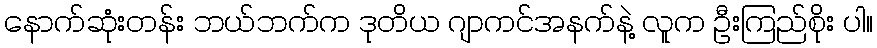
နောက်ဆုံးတန်း ဘယ်ဘက်က ဒုတိယ ဂျာကင်အနက်နဲ့ လူက ဦးကြည်စိုး ပါ။